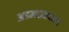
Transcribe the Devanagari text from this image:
अहमदाबादमार्गे